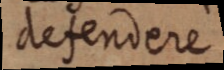
defendere